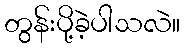
တွန်းပို့ခဲ့ပါသလဲ။